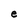
Character: e